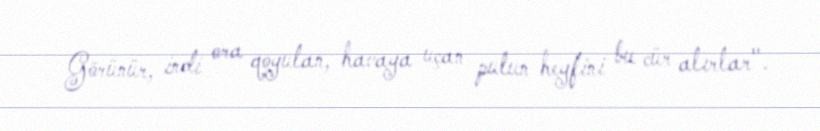
Görünür, indi ora qoyulan, havaya uçan pulun heyfini bu cür alırlar".